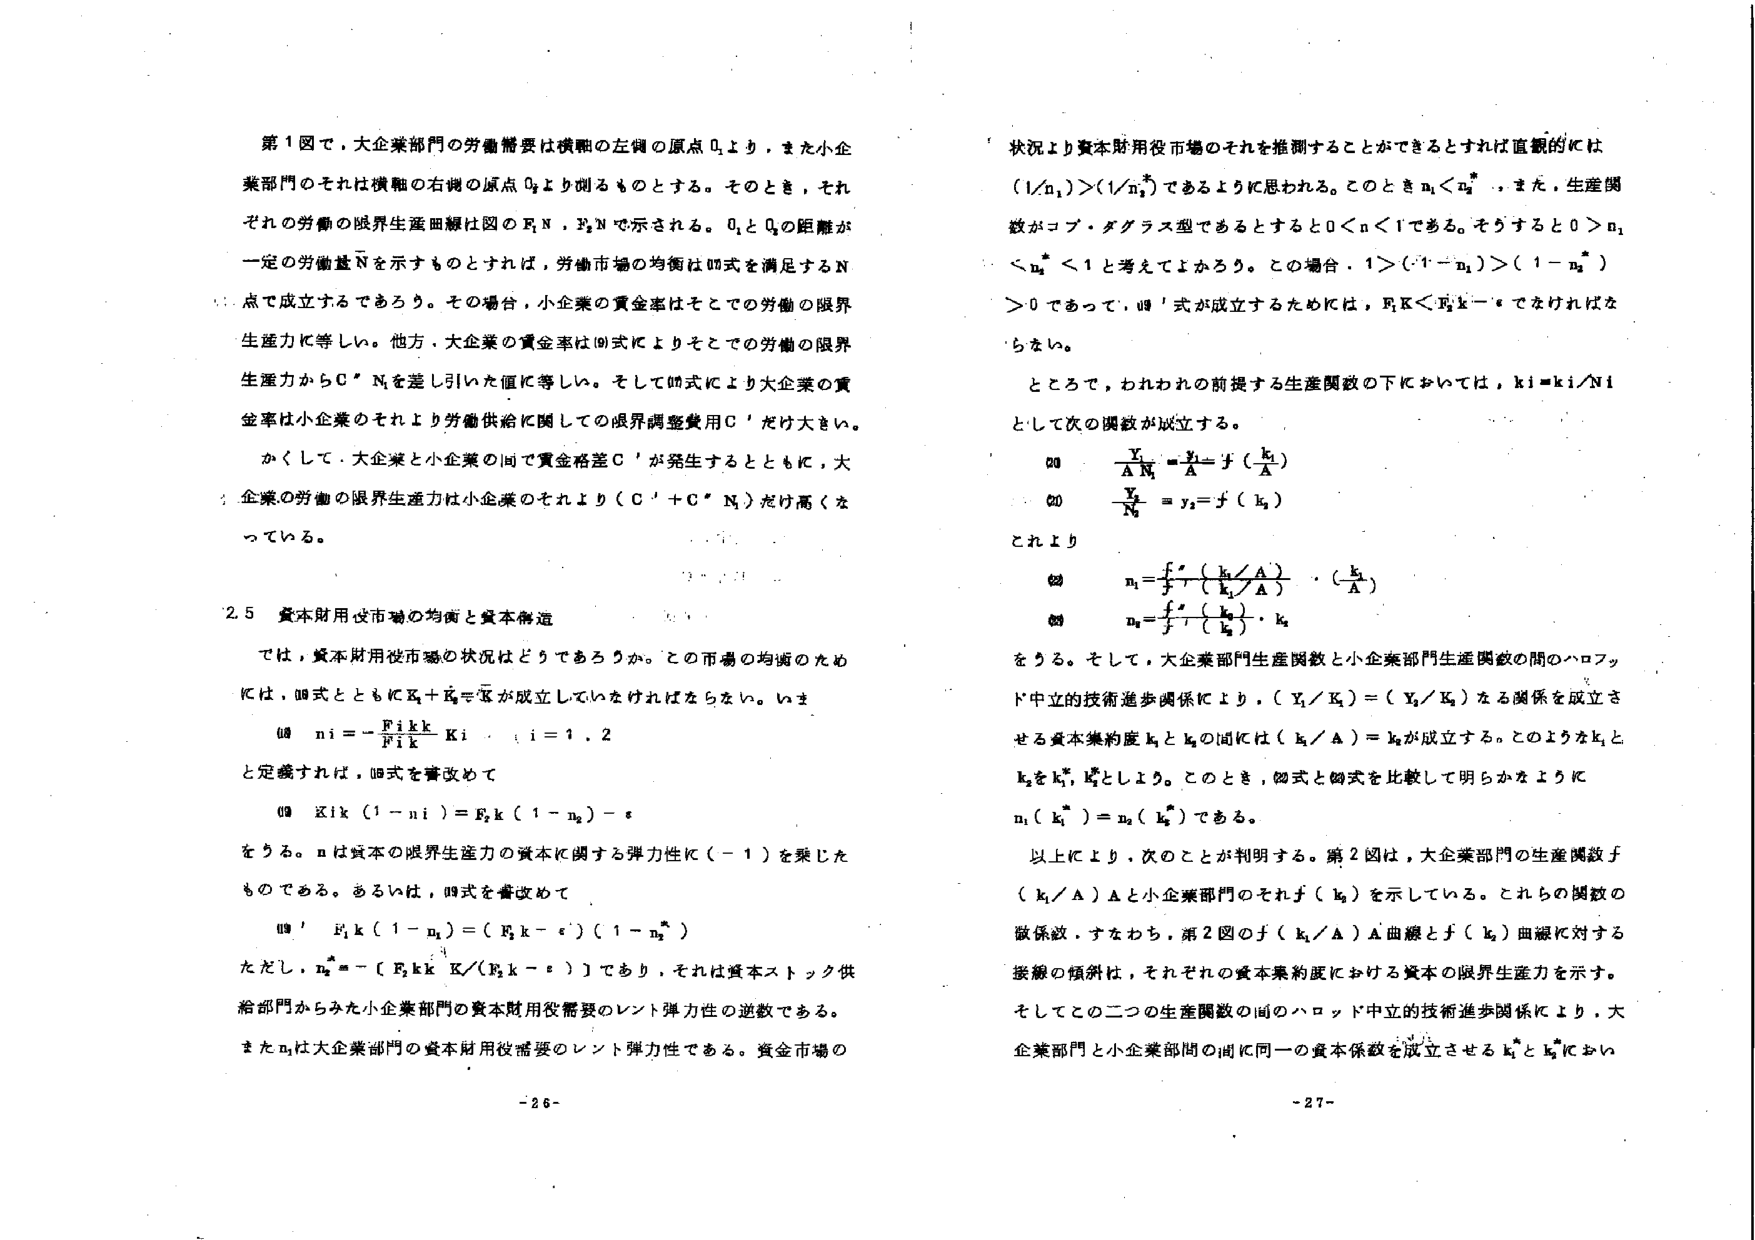
第1図で，大企業部門の労働需要は横軸の左側の原点 O₁ より，また小企業部門のそれは横軸の右側の原点 O₂ より測るものとする。そのとき，それぞれの労働の限界生産曲線は図の F₁N，F₂N で示される。O₁ と O₂ の距離が一定の労働量 N を示すものとすれば，労働市場の均衡は⑩式を満足する N 点で成立するであろう。その場合，小企業の賃金率はそこでの労働の限界生産力に等しい。他方，大企業の賃金率は⑩式によりそこでの労働の限界生産力から C″N を差し引いた値に等しい。そして⑩式により大企業の賃金率は小企業のそれより労働供給に関しての限界調整費用 C′だけ大きい。

かくして，大企業と小企業の間で賃金格差 C′が発生するとともに，大企業の労働の限界生産力は小企業のそれより（C′＋C″N）だけ高くなっている。

2.5 資本財用役市場の均衡と資本構造

では，資本財用役市場の状況はどうであろうか。この市場の均衡のためには，⑩式とともに E₁k＋E₂k＝K が成立していなければならない。いま

⑩ nᵢ = - (Pᵢk / Pᵢk) kᵢ　　(i = 1, 2)

と定義すれば，⑩式を書き改めて

⑩ E₁k (1 - n₁) = E₂k (1 - n₂) - ε

をうる。n は資本の限界生産力の資本に関する弾力性に（-1）を乗じたものである。あるいは，⑩式を書き改めて

⑩′ F₁k (1 - n₁) = (F₂k - ε)(1 - n₂*)

ただし，n₂* = - [F₂kk K / (F₂k - ε)] であり，それは資本ストック供給部門からみた小企業部門の資本財用役需要のレント弾力性の逆数である。また n₁ は大企業部門の資本財用役需要のレント弾力性である。資金市場の

状況より資本財用役市場のそれを推測することができるとなれば直観的には (1/n₁) > (1/n₂*) であるように思われる。このとき n₁ < n₂* 、また，生産関数がコブ・ダグラス型であるとすると 0 < n < 1 である。そうすると 0 > n₁ < n₂* < 1 と考えてよかろう。この場合，1 > (1 - n₁) > (1 - n₂*) > 0 であって，⑩′式が成立するためには，F₁k < F₂k - ε でなければならない。

ところで，われわれの前提する生産関数の下においては，kᵢ = kᵢ / Nᵢ として次の関数が成立する。

⑫ (Y₁ / A N₁) = y₁ = f(k₁ / A)

⑬ Y₂ / N₂ = y₂ = f(k₂)

これより

⑭ n₁ = [f' / f] (k₁ / A) · (k₁ / A)

⑮ n₂ = [f' / f] (k₂ / k₂) · k₂

をうる。そして，大企業部門生産関数と小企業部門生産関数の間のハロッド中立的技術進歩関係により，(Y₁ / K₁) = (Y₂ / K₂) なる関係を成立させる資本集約度 k₁ と k₂ の間には (k₁ / A) = k₂ が成立する。このような k₁ と k₂ を k₁*, k₂* としよう。このとき，⑭式と⑮式を比較して明らかように n₁(k₁*) = n₂(k₂*) である。

以上により，次のことが判明する。第2図は，大企業部門の生産関数 f(k₁ / A) A と小企業部門のそれ f(k₂) を示している。これらの関数の微係数，すなわち，第2図の f(k₁ / A) A 曲線と f(k₂) 曲線に対する接線の傾斜は，それぞれの資本集約度における資本の限界生産力を示す。そしてこの二つの生産関数の間のハロッド中立的技術進歩関係により，大企業部門と小企業部門の間で同一の資本係数を成立させる k₁* と k₂* において

- 26 -
- 27 -